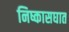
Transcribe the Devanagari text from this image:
निष्कासघात